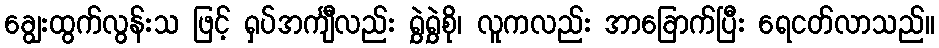
ချွေးထွက်လွန်းသ ဖြင့် ရှပ်အင်္ကျီလည်း ရွှဲရွှဲစို၊ လူကလည်း အာခြောက်ပြီး ရေငတ်လာသည်။